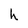
Character: h